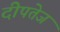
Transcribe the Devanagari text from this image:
दीपतेज